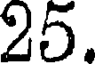
25.